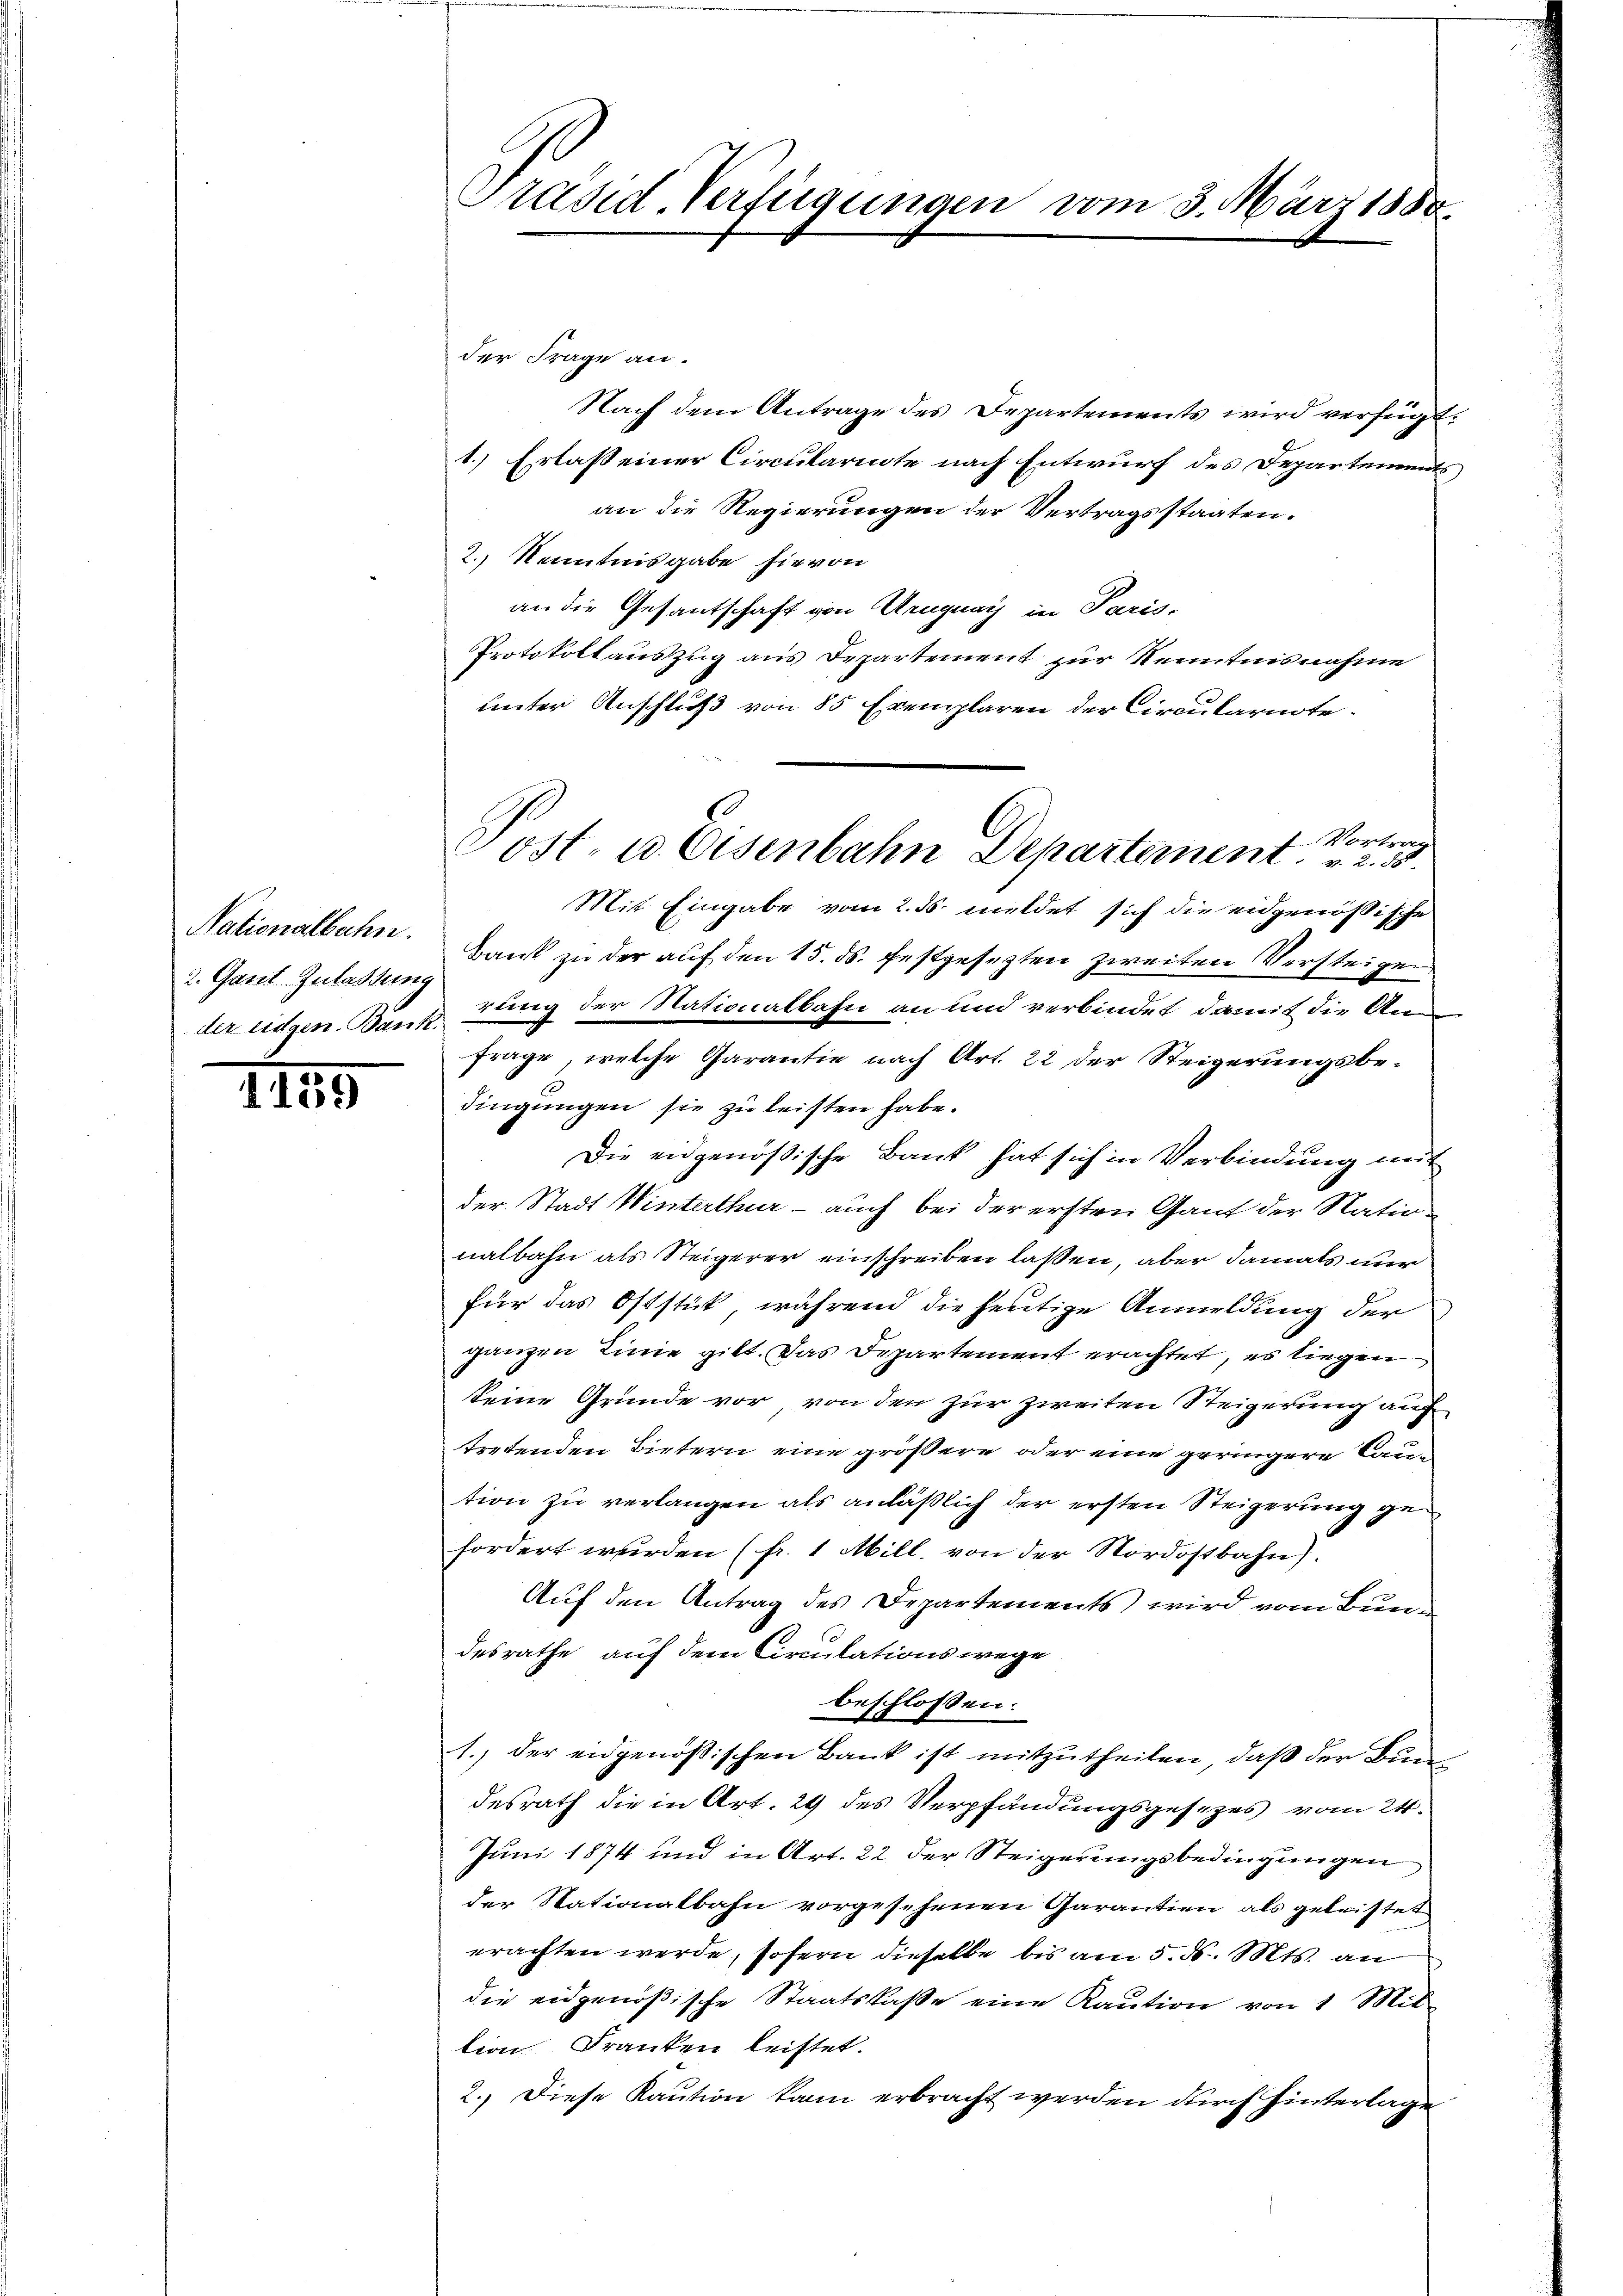
Nationalbahn.
2. Gant. Zulassung
der eidgen. Bank.

1145

Präsid. Verfügungen vom 3. März 1880.

der Frage an.
Nach dem Antrage des Departements wird verfügt:
1.) Erlass einer Circulariate nach Entwurf des Departement
an die Regierungen der Vertragsstaaten.
2.) Kenntnisgabe hievon
an die Gesantschaft von Aruguay in Paris,
Protokollauszug aus Departement zur Kenntnisnahme
unter Anschluß von 85 Exemplaren der Circularnote.
Mit Eingabe vom 2. ds. meldet sich die eidgenößische
Bank zu der auf den 15. ds. festgesezten zweiten Versteigen
rling der Nationalbahn an und verbindet, damit die Anfrage, welche Garantie nach Art. 22 der Steigerungsbedingungen sie zu leisten habe.
Die eidgenößische Bank hat sich in Verbindung mit
der Stadt Winterthur - auch bei der ersten Gant der Nationalbahn als Steigerer einschreiben laßen, aber damals nur
für das Oststück, während die heutige Anmeldung der
ganzen Linie gilt. Das Departement erachtet, es liegen
seine Grunde vor von den zur zweiten Steigerung auf
tretenden Bietern eine größere oder eine geringere Baution zu verlangen als anläßlich der ersten Steigerung gefordert wurden (fr. 1 Mill, von der Nordostbahn)
Auf den Antrag des Departements) wird vom Bundesrathe auf dem Circulations wege
beschlossen:
1. der eidgenößischen Bank ist mitzutheilen, daß der Bundesrath die in Art. 29 des Verpfändungsgesezes vom 24.
Juni 1874 und in Art. 22 der Steigerungsbedingungen
der Nationalbahn vorgesehenen Garantien als geleistet
erachten werde, sofern dieselbe bis am 5. ds. Mts. an
die eidgenößische Staatskasse eine Kaution von 1 Mit-
tion Franken leistet.
2.) Diese Kaution kann erbracht werden durch hinterlage

Vortrag
Post- u Eisenbahn Departement u. 2. 5.

E
)